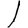
Digit: 1